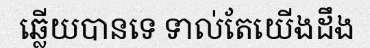
ឆ្លើយបានទេ ទាល់តែយើងដឹង